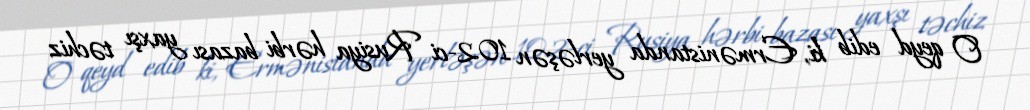
O qeyd edib ki, Ermənistanda yerləşən 102-ci Rusiya hərbi bazası yaxşı təchiz